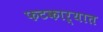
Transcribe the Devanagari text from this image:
फटकाऱ्यात